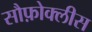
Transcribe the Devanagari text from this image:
सौफ़ोक्लीस